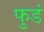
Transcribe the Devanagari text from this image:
फुडं